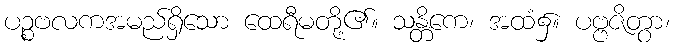
ပဉ္စဗလကအမည်ရှိသော ထေရီမတို့၏။ သန္တိကေ၊ အထံ၌။ ပဗ္ဗဇိတွာ၊